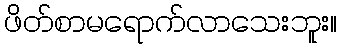
ဖိတ်စာမရောက်လာသေးဘူး။